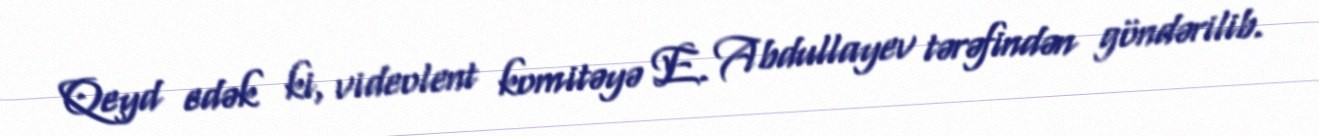
Qeyd edək ki, videolent komitəyə E. Abdullayev tərəfindən göndərilib.